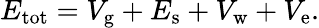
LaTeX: E_{\mathrm{tot}}=V_{\mathrm{g}}+E_{\mathrm{s}}+V_{\mathrm{w}}+V_{\mathrm{e}}.